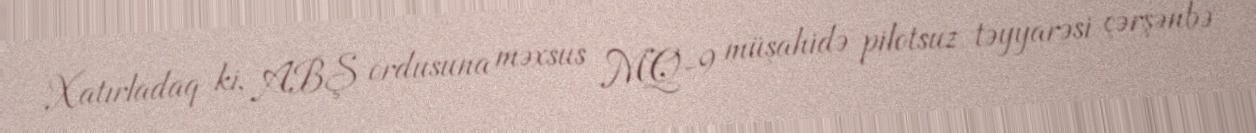
Xatırladaq ki, ABŞ ordusuna məxsus MQ-9 müşahidə pilotsuz təyyarəsi çərşənbə